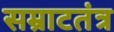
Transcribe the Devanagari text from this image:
सम्राटतंत्र